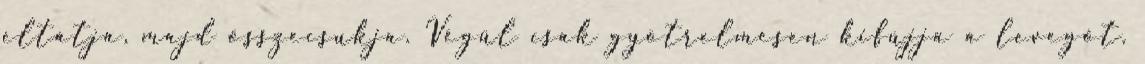
eltátja, majd összecsukja. Végül csak gyötrelmesen kifújja a levegőt.